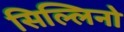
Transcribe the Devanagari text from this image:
सिल्लिनो